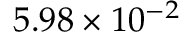
5 . 9 8 \times 1 0 ^ { - 2 }